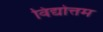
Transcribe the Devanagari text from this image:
विद्योत्तम